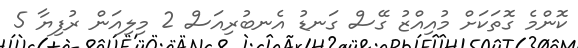
ކޮންމެ ގޮތަކަށް މުއިއްޒު ގޭސް ގަނޑު އެނބުރިއަސް 2 މިލިއަން ރުފިޔާ 5